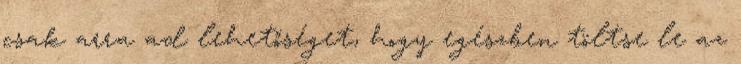
csak arra ad lehetőséget, hogy egészben töltse le az